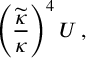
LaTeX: \left( { \frac { \widetilde { \kappa } } { \kappa } } \right) ^ { 4 } { \cal U } \, ,